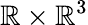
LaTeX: \mathbb{R}\times\mathbb{R}^{3}